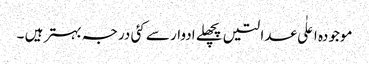
موجودہ اعلٰی عدالتیں پچھلے ادوار سے کئی درجہ بہتر ہیں ۔